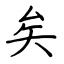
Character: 矣